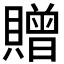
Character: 贈